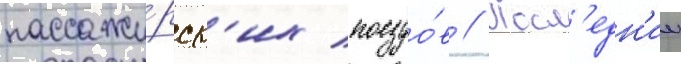
пассажи́рск'их поездо́в // Посл'едн'ии